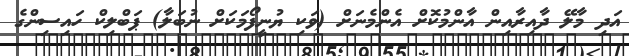
އަދި މާލޭ ދާއިރާއިން އާންމުކޮށް އެންމެނަށް (ވަކި ޔުނީފޯމަކަށް ނުބަލާ) ޕަބްލިކް ހައިސިންގެ